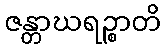
ဇန္တာဃရဉ္စာတိ